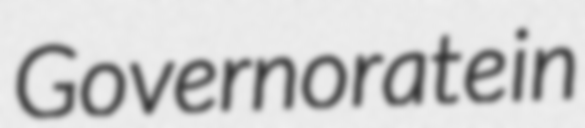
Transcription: Governorate in